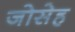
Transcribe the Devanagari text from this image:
जोसेह